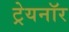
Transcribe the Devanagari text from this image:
ट्रेयनॉर